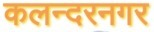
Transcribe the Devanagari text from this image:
कलन्दरनगर